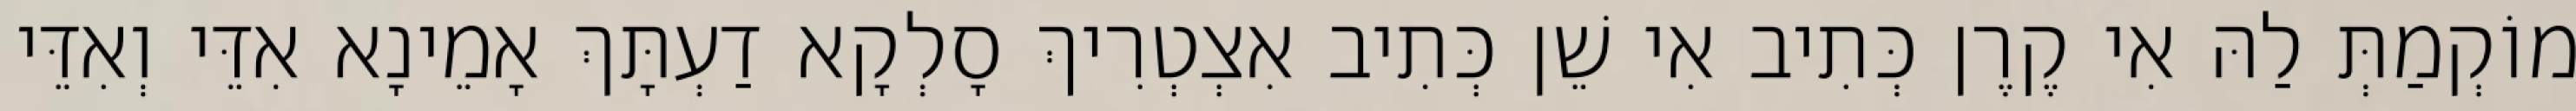
מוֹקְמַתְּ לַהּ אִי קֶרֶן כְּתִיב אִי שֵׁן כְּתִיב אִצְטְרִיךְ סָלְקָא דַעְתָּךְ אָמֵינָא אִדֵּי וְאִדֵּי